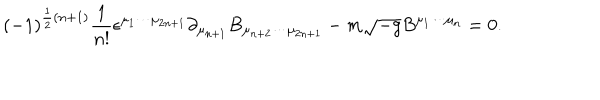
LaTeX: ( - 1 ) ^ { \frac 1 2 ( n + 1 ) } { \frac { 1 } { n ! } } \epsilon ^ { \mu _ { 1 } \cdots \mu _ { 2 n + 1 } } \partial _ { \mu _ { n + 1 } } B _ { \mu _ { n + 2 } \cdots \mu _ { 2 n + 1 } } - m \sqrt { - g } B ^ { \mu _ { 1 } \cdots \mu _ { n } } = 0 .